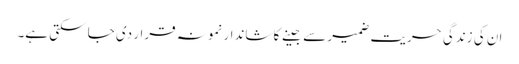
ان کی زندگی حریت ضمیر سے جینے کا شاندار نمونہ قرار دی جا سکتی ہے۔